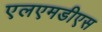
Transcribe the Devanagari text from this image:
एलएमडीएस